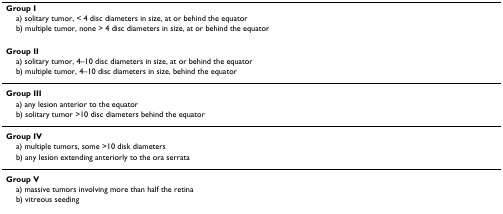
| Group I |
 | a) solitary tumor, < 4 disc diameters in size, at or behind the equator |
 | b) multiple tumor, none > 4 disc diameters in size, at or behind the equator |
 | --- |
 | Group II |
 | a) solitary tumor, 4–10 disc diameters in size, at or behind the equator |
 | b) multiple tumor, 4–10 disc diameters in size, behind the equator |
 | Group III |
 | a) any lesion anterior to the equator |
 | b) solitary tumor >10 disc diameters behind the equator |
 | Group IV |
 | a) multiple tumors, some >10 disk diameters |
 | b) any lesion extending anteriorly to the ora serrata |
 | Group V |
 | a) massive tumors involving more than half the retina |
 | b) vitreous seeding |